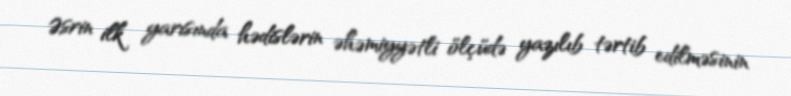
Əsrin ilk yarısında hədislərin əhəmiyyətli ölçüdə yazılıb tərtib edilməsinin